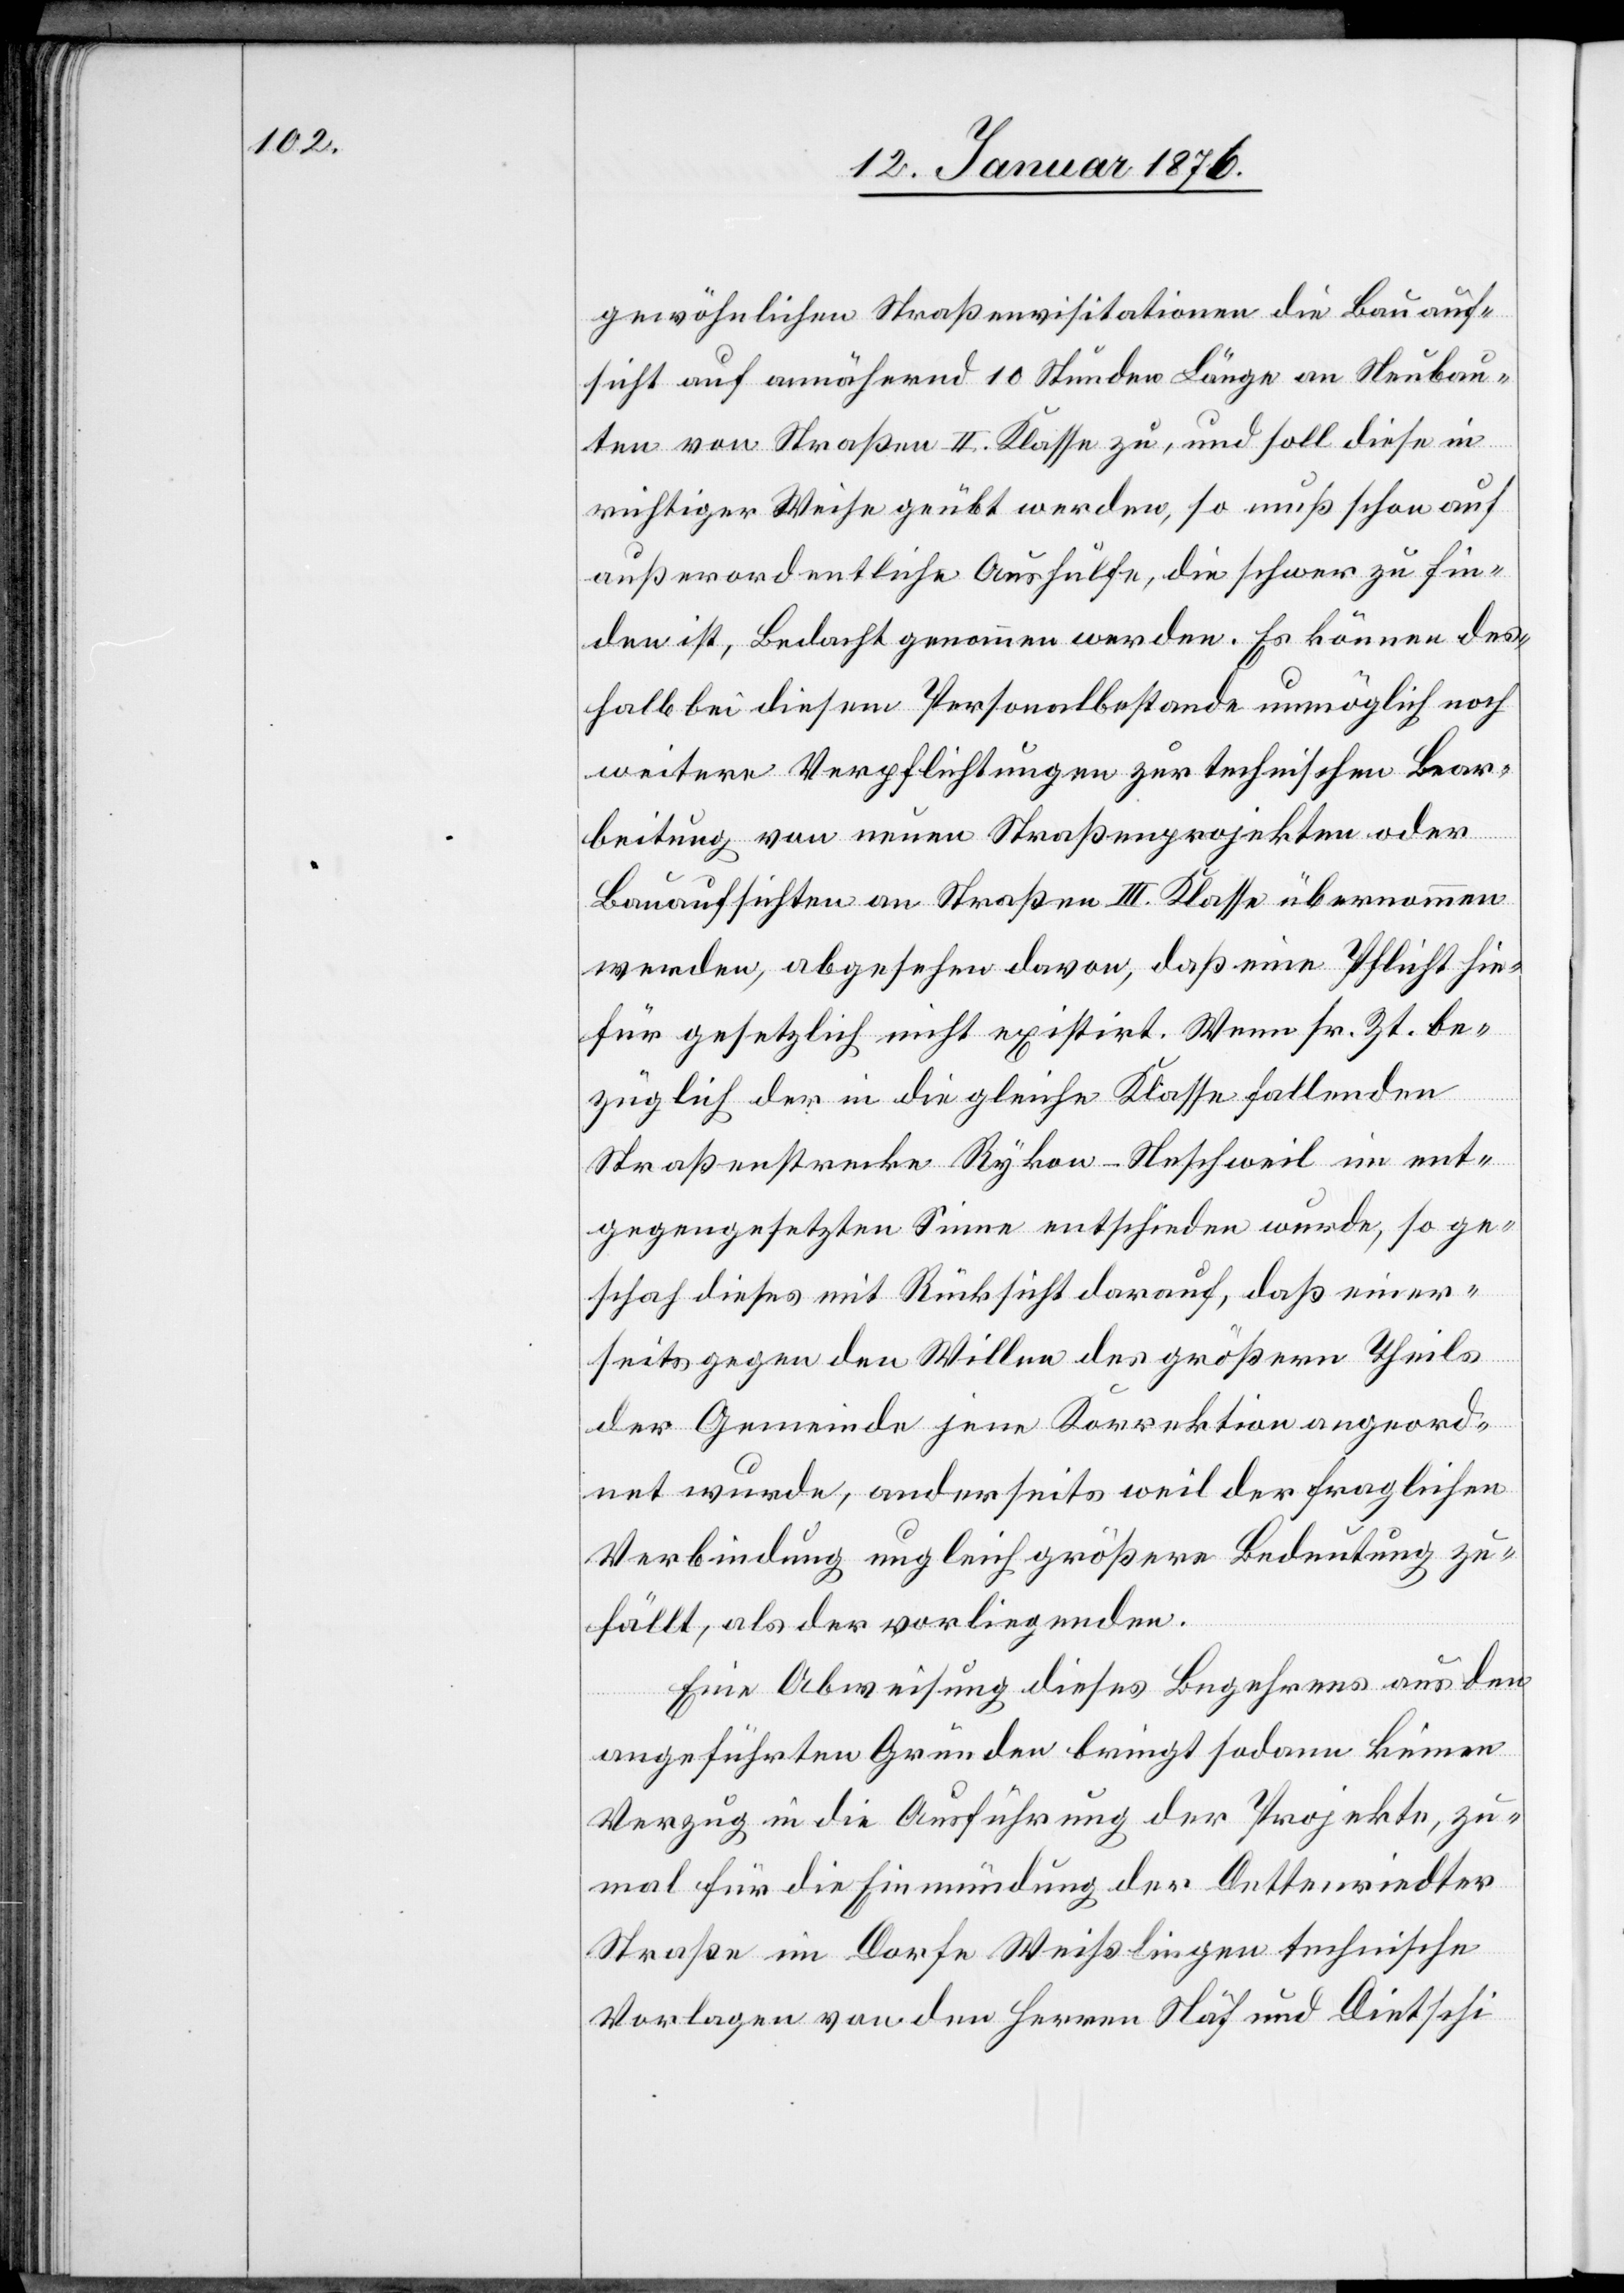
gewöhnlichen Straßenvisitationen die Bauauf¬
t von Straßen II. Klasse zu, und soll diese in
richtiger Weise geübt werden, so muß schon auf
außerordentliche Aushülfe, die schwer zu fin¬
den ist, Bedacht genommen werden. Es können des¬
halb bei diesem Personalbestande unmöglich noch
weitere Verpflichtungen zur technischen Bear¬
sich¬
beitung von neuen Straßenprojekten oder
Bauaufsichten an Straßen III. Klasse übernommen
werden, abgesehen davon, daß eine Pflicht hie¬
für gesetzlich nicht existirt. Wenn sr. Zt. be¬
züglich der in die gleiche Klasse fallenden
Straßenstrecke Rykon-Neschweil im ent¬
gegengesetzten Sinne entschieden wurde, so ge¬
schah dieses mit Rücksicht darauf, daß einer¬
seits gegen den Willen des größern Theils
der Gemeinde jene Korrektion angeord¬
net wurde, anderseits weil der fraglichen
Verbindung ungleich größere Bedeutung zu¬
fällt, als der vorliegenden.
Eine Abweisung dieses Begehrens aus den
angeführten Gründen bringt sodann keinen
Verzug in die Aufführung der Projekte, zu¬
mal für die Einmündung der Dettenriedter
Straße im Dorfe Weißlingen technische
Vorlagen von den Herren Näf und Dietschi